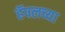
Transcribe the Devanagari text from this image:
हॅपलच्या